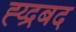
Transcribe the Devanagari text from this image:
ह्य्द्रबद